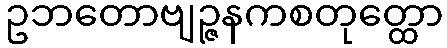
ဥဘတောဗျဉ္ဇနကစတုတ္ထော